Report on the bubonic plague in Bombay, 1896-1897
Year: 1896
Disease focus: Plague
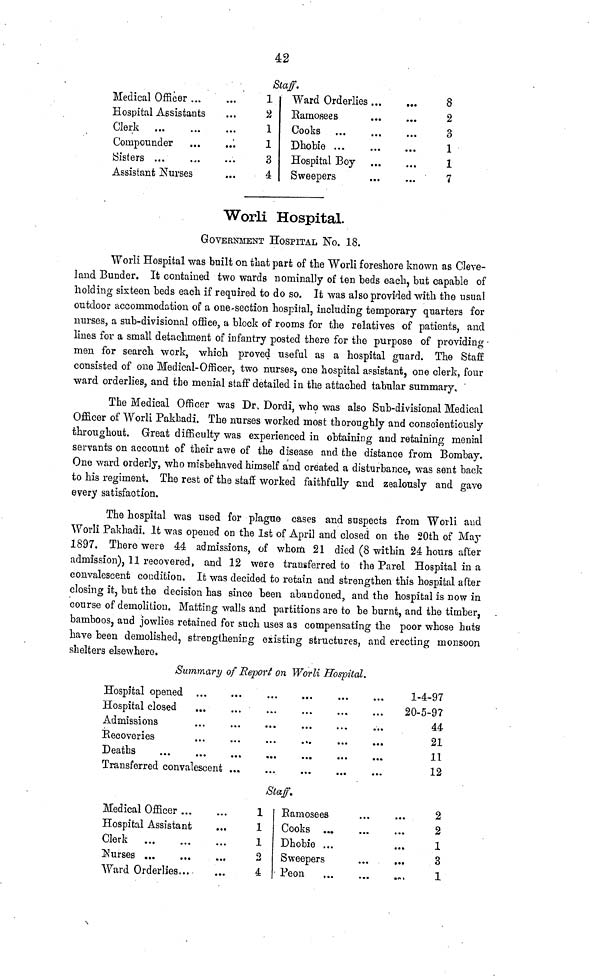
42
Staff.
Medical Officer ...
Hospital Assistants
Clerk
...
...
Compounder ...
Sisters ... ...
Assistant Nurses
...
...
...
...
...
...
1
2
1
1
3
4
Ward Orderlies ...
Ramosees ...
Cooks
...
...
Dhobie ... ...
Hospital Boy
Sweepers
...
...
...
...
...
...
8
2
3
1
1
7
Worli Hospital.
GOVERNMENT HOSPITAL NO. 18.
Worli Hospital was built on that part of the Worli foreshore known as Cleve-
land Bunder. It contained two wards nominally of ten beds each, but capable of
holding sixteen beds each if required to do so. It was also provided with the usual
outdoor accommodation of a one-section hospital, including temporary quarters for
nurses, a sub-divisional office, a block of rooms for the relatives of patients, and
lines for a small detachment of infantry posted there for the purpose of providing
men for search work, which proved useful as a hospital guard. The Staff
consisted of one Medical-Officer, two nurses, one hospital assistant, one clerk, four
ward orderlies, and the menial staff detailed in the attached tabular summary.
The Medical Officer was Dr. Dordi, who was also Sub-divisional Medical
Officer of Worli Pakhadi. The nurses worked most thoroughly and conscientiously
throughout. Great difficulty was experienced in obtaining and retaining menial
servants on account of their awe of the disease and the distance from Bombay.
One ward orderly, who misbehaved himself and created a disturbance, was sent back
to his regiment. The rest of the staff worked faithfully and zealously and gave
every satisfaction.
The hospital was used for plague cases and suspects from Worli and
Worli Pakhadi. It was opened on the 1st of April and closed on the 20th of May
1897. There were 44 admissions, of whom 21 died (8 within 24 hours after
admission), 11 recovered, and 12 were transferred to the Parel Hospital in a
convalescent condition. It was decided to retain and strengthen this hospital after
closing it, but the decision has since been abandoned, and the hospital is now in
course of demolition. Matting walls and partitions are to be burnt, and the timber,
bamboos, and jowlies retained for such uses as compensating the poor whose huts
have been demolished, strengthening existing structures, and erecting monsoon
shelters elsewhere.
Summary of Report on Worli Hospital.
Hospital opened
Hospital closed
Admissions
Recoveries
Deaths
...
...
...
...
...
Transferred convalescent
...
...
...
...
...
...
...
...
...
...
...
...
...
...
...
...
...
...
...
...
...
...
...
...
...
...
...
...
...
...
1-4-97
20-5-97
44
21
11
12
Staff.
Medical Officer ...
Hospital Assistant
Clerk
...
...
Nurses...
...
Ward Orderlies...
...
...
...
...
...
1
1
1
2
4
Ramosees
Cooks ...
Dhobie ...
Sweepers
Peon
...
...
...
...
...
...
...
...
...
2
2
1
3
1